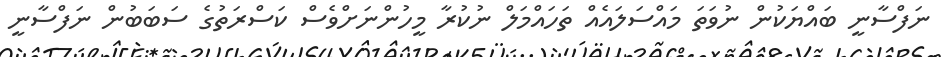
ނަފްސާނީ ބައްޔަކުން ނުވަތަ މައްސަލައެއް ތަހައްމަލް ނުކުރާ މީހުންނަށްވެސް ކަސްރަތުގެ ސަބަބުން ނަފްސާނީ